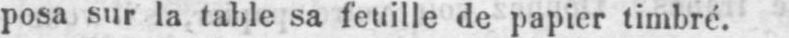
posa sur la table sa feuille de papier timbré.